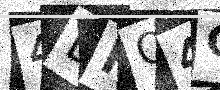
Text: 4DFO4O